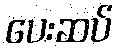
ပေးဆပ်